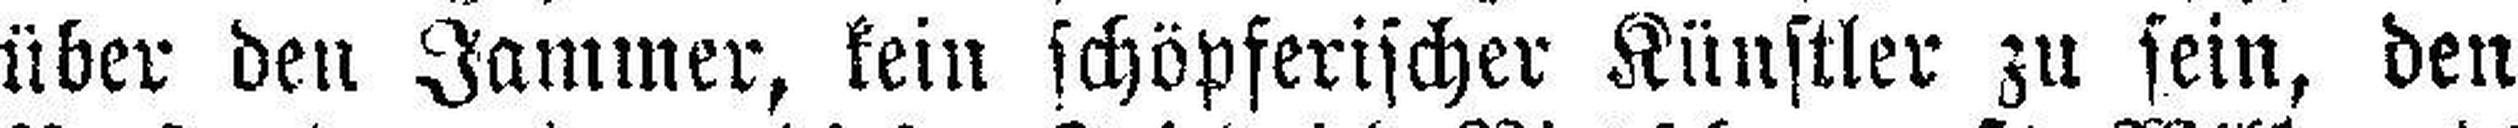
über den Jammer, kein schöpferischer Künstler zu sein, den